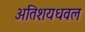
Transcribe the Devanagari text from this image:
अतिशयधवल